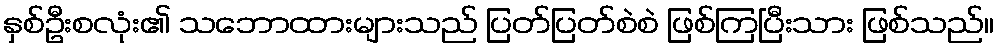
နှစ်ဦးစလုံး၏ သဘောထားများသည် ပြတ်ပြတ်စဲစဲ ဖြစ်ကြပြီးသား ဖြစ်သည်။